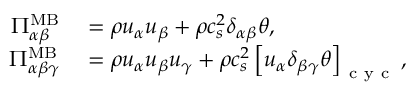
\begin{array} { r l } { \Pi _ { \alpha \beta } ^ { \mathrm { M B } } } & { { } = \rho u _ { \alpha } u _ { \beta } + \rho c _ { s } ^ { 2 } \delta _ { \alpha \beta } \theta , } \\ { \Pi _ { \alpha \beta \gamma } ^ { \mathrm { M B } } } & { { } = \rho u _ { \alpha } u _ { \beta } u _ { \gamma } + \rho c _ { s } ^ { 2 } \left[ u _ { \alpha } \delta _ { \beta \gamma } \theta \right] _ { \mathrm { ~ c ~ y ~ c ~ } } , } \end{array}